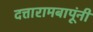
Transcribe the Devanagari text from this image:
दत्तारामबापूंनी